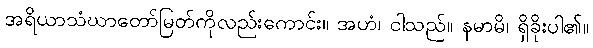
အရိယာသံဃာတော်မြတ်ကိုလည်းကောင်း။ အဟံ၊ ငါသည်။ နမာမိ၊ ရှိခိုးပါ၏။